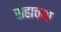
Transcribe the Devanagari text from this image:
सहाच्या